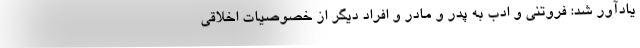
یادآور شد: فروتنی و ادب به پدر و مادر و افراد دیگر از خصوصیات اخلاقی